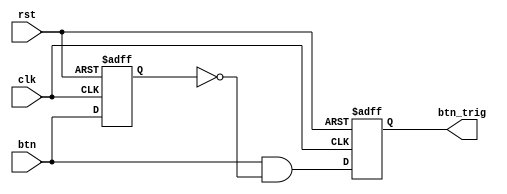
`timescale 1ns / 1ps
//////////////////////////////////////////////////////////////////////////////////
// Company: 
// Engineer: 
// 
// Design Name: 
// Module Name: LCD_cursor
// Project Name: 
// Target Devices: 
// Tool Versions: 
// Description: 
// 
// Dependencies: 
// 
// Revision:
// Revision 0.01 - File Created
// Additional Comments:
// 
//////////////////////////////////////////////////////////////////////////////////
module oneshot_universal(clk, rst, btn, btn_trig);

parameter WIDTH = 1;
input clk, rst;
input [WIDTH-1:0] btn;
reg [WIDTH-1:0] btn_reg;
output reg [WIDTH-1:0] btn_trig;

always @(negedge rst or posedge clk) begin
    if(!rst) begin
        btn_reg <= {WIDTH{1'b0}};
        btn_trig <= {WIDTH{1'b0}};
    end
    else begin
        btn_reg <= btn;
        btn_trig <= btn & ~btn_reg;
    end
end    

endmodule


module LCD_cursor(rst, clk, LCD_E, LCD_RS, LCD_RW, LCD_DATA, LED_out, number_btn, control_btn);

input rst, clk;
input [9:0] number_btn;
input [1:0] control_btn;

wire [9:0] number_btn_t;
wire [1:0] control_btn_t;

oneshot_universal #(.WIDTH(12)) O1(clk, rst, {number_btn[9:0], control_btn[1:0]}, {number_btn_t[9:0], control_btn_t[1:0]});

output LCD_E, LCD_RS, LCD_RW;
output reg [7:0] LCD_DATA;
output reg [7:0] LED_out;

wire LCD_E;
reg LCD_RS, LCD_RW;

reg [7:0] cnt;

reg [2:0] state;
parameter DELAY = 3'b000,
          FUNCTION_SET = 3'b001,
          DISP_ONOFF = 3'b010,
          ENTRY_MODE = 3'b011,
          SET_ADDRESS = 3'b100,
          DELAY_T = 3'b101,
          WRITE = 3'b110,
          CURSOR = 3'b111;
          
always @(posedge clk or negedge rst)
begin
    if(!rst) begin
        state <= DELAY;
        LED_out <= 8'b0000_0000;
    end
    else begin
        case(state)
            DELAY : begin
                if(cnt == 70) state <= FUNCTION_SET;
                LED_out <= 8'b1000_0000;
            end
            FUNCTION_SET : begin
                if(cnt == 30) state <= DISP_ONOFF;
                LED_out <= 8'b0100_0000;
            end
            DISP_ONOFF : begin
                if(cnt == 30) state <= ENTRY_MODE;
                LED_out <= 8'b0010_0001;
            end
            ENTRY_MODE : begin
                if(cnt == 30) state <= SET_ADDRESS;
                LED_out <= 8'b0001_0000;
            end
            SET_ADDRESS : begin
                if(cnt == 100) state <= DELAY_T;
                LED_out <= 8'b0000_1000;
            end
            DELAY_T : begin
                state <= |number_btn_t ? WRITE : (|control_btn_t ? CURSOR : DELAY_T);
                LED_out <= 8'b0000_0100;
            end
            WRITE : begin
                if(cnt == 30) state <= DELAY_T;
                LED_out <= 8'b0000_0010;
            end
            CURSOR : begin
                if(cnt == 30) state <= DELAY_T;
                LED_out <= 8'b0000_0001;
            end
        endcase
    end
end

always @(posedge clk or negedge rst)
begin
    if(!rst)
        cnt <= 8'b0000_0000;
    else
    begin
        case(state)
            DELAY :
                if(cnt >= 70) cnt <= 0;
                else cnt <= cnt + 1;
            FUNCTION_SET :
                if(cnt >= 30) cnt <= 0;
                else cnt <= cnt + 1;
            DISP_ONOFF :
                if(cnt >= 30) cnt <= 0;
                else cnt <= cnt + 1;
            ENTRY_MODE :
                if(cnt >= 30) cnt <= 0;
                else cnt <= cnt + 1;
            SET_ADDRESS :
                if(cnt >= 100) cnt <= 0;
                else cnt <= cnt + 1;
            DELAY_T :
                cnt <= 0;
            WRITE :
                if(cnt >= 30) cnt <= 0;
                else cnt <= cnt + 1;
            CURSOR :
                if(cnt >= 30) cnt <= 0;
                else cnt <= cnt + 1;
        endcase
    end
end

always @(posedge clk or negedge rst)
begin
    if(!rst)
        {LCD_RS, LCD_RW, LCD_DATA} <= 10'b0_0_0011_0001;
    else
    begin
        case(state)
            FUNCTION_SET :
                {LCD_RS, LCD_RW, LCD_DATA} <= 10'b0_0_0011_1000;
            DISP_ONOFF :
                {LCD_RS, LCD_RW, LCD_DATA} <= 10'b0_0_0000_1111;
            ENTRY_MODE :
                {LCD_RS, LCD_RW, LCD_DATA} <= 10'b0_0_0000_0110;
            SET_ADDRESS :
                {LCD_RS, LCD_RW, LCD_DATA} <= 10'b0_0_0000_0010;
            DELAY_T :
                {LCD_RS, LCD_RW, LCD_DATA} <= 10'b0_0_0000_1111;
            WRITE : begin
                if(cnt == 20) begin
                    case(number_btn)
                        10'b1000_0000_00 : {LCD_RS, LCD_RW, LCD_DATA} <= 10'b1_0_0011_0001; // 1
                        10'b0100_0000_00 : {LCD_RS, LCD_RW, LCD_DATA} <= 10'b1_0_0011_0010; // 2
                        10'b0010_0000_00 : {LCD_RS, LCD_RW, LCD_DATA} <= 10'b1_0_0011_0011; // 3
                        10'b0001_0000_00 : {LCD_RS, LCD_RW, LCD_DATA} <= 10'b1_0_0011_0100; // 4
                        10'b0000_1000_00 : {LCD_RS, LCD_RW, LCD_DATA} <= 10'b1_0_0011_0101; // 5
                        10'b0000_0100_00 : {LCD_RS, LCD_RW, LCD_DATA} <= 10'b1_0_0011_0110; // 6
                        10'b0000_0010_00 : {LCD_RS, LCD_RW, LCD_DATA} <= 10'b1_0_0011_0111; // 7
                        10'b0000_0001_00 : {LCD_RS, LCD_RW, LCD_DATA} <= 10'b1_0_0011_1000; // 8
                        10'b0000_0000_10 : {LCD_RS, LCD_RW, LCD_DATA} <= 10'b1_0_0011_1001; // 9
                        10'b0000_0000_01 : {LCD_RS, LCD_RW, LCD_DATA} <= 10'b1_0_0011_0000; // 0
                    endcase
                end
                else {LCD_RS, LCD_RW, LCD_DATA} <= 10'b0_0_0000_1111;
            end
            CURSOR : begin
                if(cnt == 20) begin
                    case(control_btn)
                        2'b10 : {LCD_RS, LCD_RW, LCD_DATA} <= 10'b0_0_0001_0000; // LEFT
                        2'b01 : {LCD_RS, LCD_RW, LCD_DATA} <= 10'b0_0_0001_0100; // RIGHT
                    endcase
                end
                else {LCD_RS, LCD_RW, LCD_DATA} <= 10'b0_0_0000_1111;
            end
        endcase
    end
end

assign LCD_E = clk;
                                                                                             
endmodule